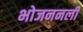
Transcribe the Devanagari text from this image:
भोजननली